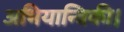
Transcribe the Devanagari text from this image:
अभियान्त्रिकी।